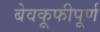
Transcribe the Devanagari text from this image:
बेवकूफीपूर्ण